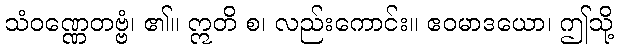
သံဝဏ္ဏေတဗ္ဗံ၊ ၏။ ဣတိ စ၊ လည်းကောင်း။ ဧဝမာဒယော၊ ဤသို့